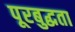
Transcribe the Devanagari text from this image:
पूरबुद्धता